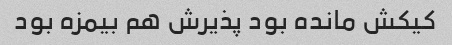
کیکش مانده بود پذیرش هم بیمزه بود